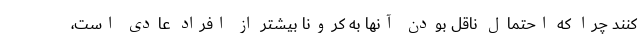
کنند چرا که احتمال ناقل بودن آنها به کرونا بیشتر از افراد عادی است،